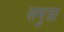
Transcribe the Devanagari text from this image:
समुत्रा